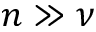
n \gg \nu